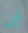
أين